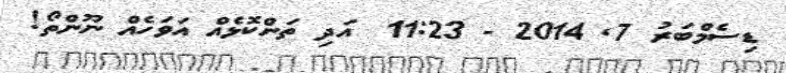
ޑިސެމްބަރު 7